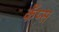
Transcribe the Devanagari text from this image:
कँप्स